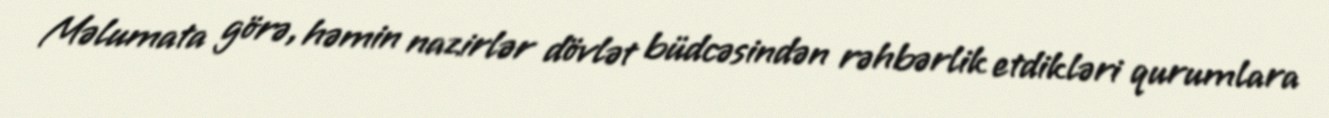
Məlumata görə, həmin nazirlər dövlət büdcəsindən rəhbərlik etdikləri qurumlara